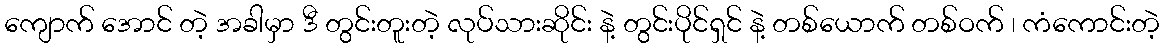
ကျောက် အောင် တဲ့ အခါမှာ ဒီ တွင်းတူးတဲ့ လုပ်သားဆိုင်း နဲ့ တွင်းပိုင်ရှင် နဲ့ တစ်ယောက် တစ်ဝက် ၊ ကံကောင်းတဲ့